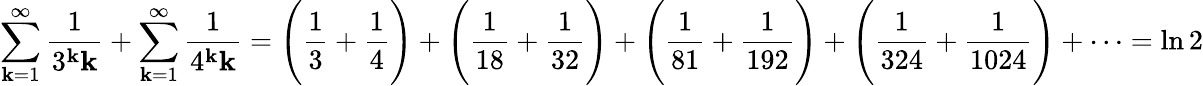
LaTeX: \sum_{\mathbf{k}=1}^{\infty}{\frac{{1}}{{3^{\mathbf{k}}\mathbf{k}}}}+\sum_{\mathbf{k}=1}^{\infty}{\frac{{1}}{{4^{\mathbf{k}}\mathbf{k}}}}={\Bigg(}{\frac{{1}}{{3}}}+{\frac{{1}}{{4}}}{\Bigg)}+{\Bigg(}{\frac{{1}}{{18}}}+{\frac{{1}}{{32}}}{\Bigg)}+{\Bigg(}{\frac{{1}}{{81}}}+{\frac{{1}}{{192}}}{\Bigg)}+{\Bigg(}{\frac{{1}}{{324}}}+{\frac{{1}}{{1024}}}{\Bigg)}+\cdots=\ln2